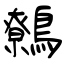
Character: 鷯